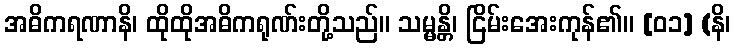
အဓိကရဏာနိ၊ ထိုထိုအဓိကရုဏ်းတို့သည်။ သမ္မန္တိ၊ ငြိမ်းအေးကုန်၏။ [၀၁] (နိ၊